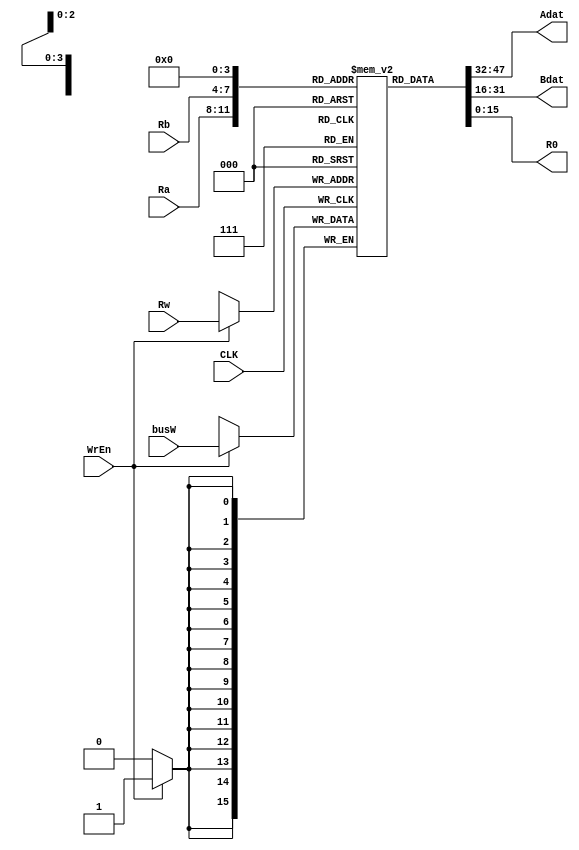
`timescale 1ns / 1ps

module Register_File(
    input         CLK,
    input  [3:0]  Ra,
    input  [3:0]  Rb,
    input  [3:0]  Rw,
    input         WrEn,
    input  [15:0] busW,
    output [15:0] Adat,
    output [15:0] Bdat,
    output [15:0] R0
);


reg  [15:0]  RF[15:0];


always@(posedge CLK)
begin
    if(WrEn)
    begin
        RF[Rw] <= busW;
    end
end
assign Adat = RF[Ra];
assign Bdat = RF[Rb];
assign R0 = RF[0];
endmodule